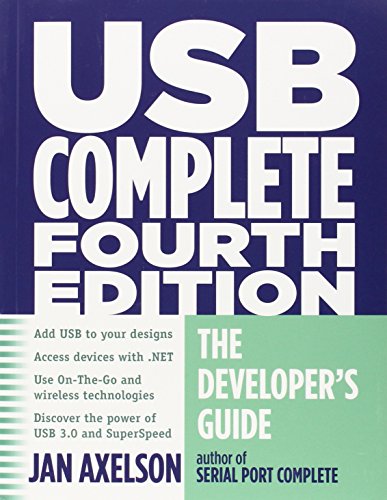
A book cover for USB Complete Fourth Edition : The Developer's Guide (Complete Guides series); Jan Axelson; Computers & Technology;